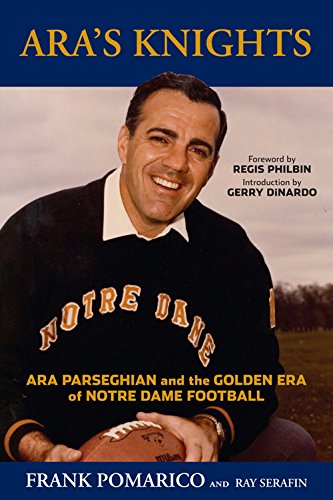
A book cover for Ara's Knights: Ara Parseghian and the Golden Era of Notre Dame Football; Frank Pomarico; Biographies & Memoirs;